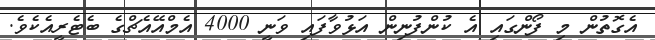
އެގޮތުން މި ފޯންގައި އެ ކުންފުނިން އަޅުވާފައި ވަނީ 4000 އެމްއޭއެޗްގެ ބެޓެރީއެކެވެ.